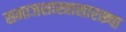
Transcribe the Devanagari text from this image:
समाजशास्त्रासारख्या